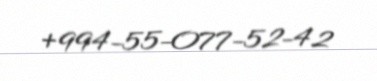
+994-55-077-52-42